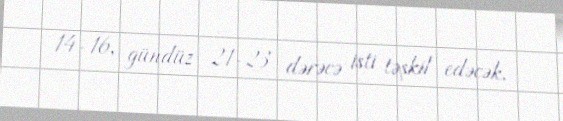
14-16, gündüz 21-23 dərəcə isti təşkil edəcək.